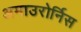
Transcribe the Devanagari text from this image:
अमाउरोर्निस